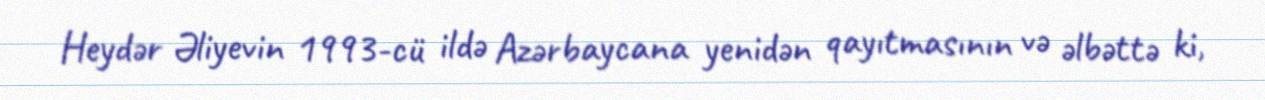
Heydər Əliyevin 1993-cü ildə Azərbaycana yenidən qayıtmasının və əlbəttə ki,